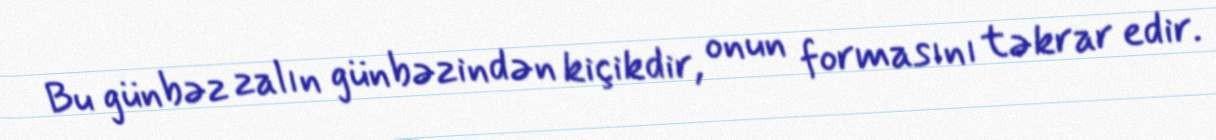
Bu günbəz zalın günbəzindən kiçikdir, onun formasını təkrar edir.